King Institute of Preventive Medicine Bacteriolog. Section reports 1907-08
Year: 1907
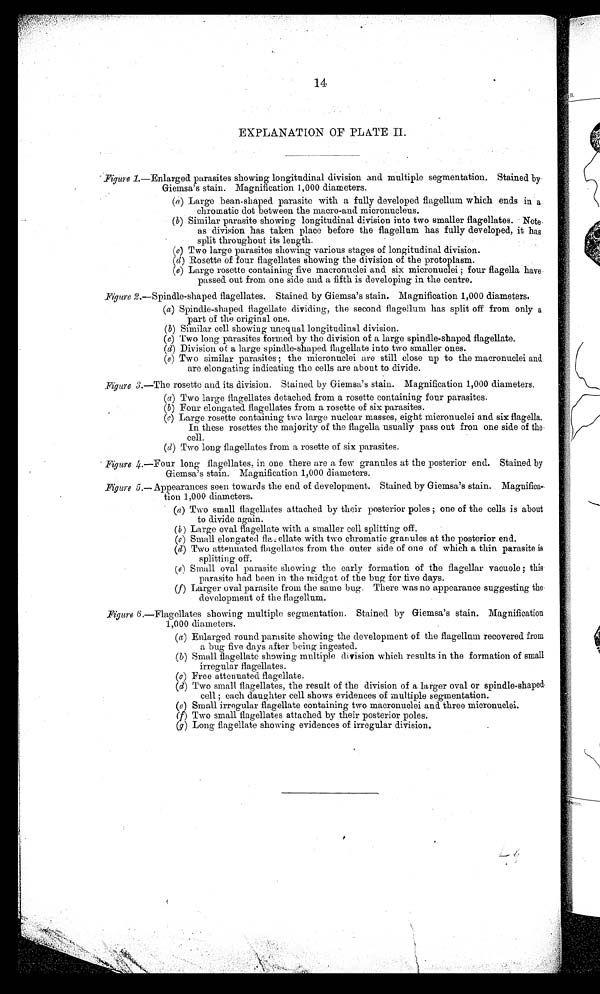
14
EXPLANATION OF PLATE II.
Figure 1.—Enlarged parasites showing longitudinal division and multiple segmentation. Stained by
Giemsa's stain. Magnification 1,000 diameters.
(a) Large bean-shaped parasite with a fully developed flagellum which ends in a
chromatic dot between the macro-and micronucleus.
(b) Similar parasite showing longitudinal division into two smaller flagellates.
Note as division has taken place before the flagellum has fully developed, it has
split throughout its length.
(c) Two large parasites showing various stages of longitudinal division.
(d) Rosette of four flagellates showing the division of the protoplasm.
(e) Large rosette containing five macronuclei and six micronuclei ; four flagella have
passed out from one side and a fifth is developing in the centre.
Figure 2.—Spindle-shaped flagellates. Stained by Giemsa's stain. Magnification 1,000 diameters.
(a) Spindle-shaped flagellate dividing, the second flagellum has split off from only a
part of the original one.
(b) Similar cell showing unequal longitudinal division.
(c) Two long parasites formed by the division of a large spindle-shaped flagellate.
(d) Division of a large spindle-shaped flagellate into two smaller ones.
(e) Two similar parasites ; the micronuclei are still close up to the macronuclei and
are elongating indicating the cells are about to divide.
Figure 3 .—The rosette and its division. Stained by Giemsa's stain. Magnification 1,000 diameters.
(a) Two large flagellates detached from a rosette containing four parasites.
(b) Four elongated flagellates from a rosette of six parasites.
(c)
Large rosette containing two large nuclear masses, eight micronuclei and six flagella.
In these rosettes the majority of the flagella usually pass out fron one side of the
cell.
(d) Two long flagellates from a rosette of six parasites.
Figure 4.—Four long flagellates, in one there are a few granules at the posterior end. Stained by
Giemsa's stain. Magnification 1,000 diameters.
Figure 5.— Appearances seen towards the end of development. Stained by Giemsa's stain. Magnifica-
tion 1,000 diameters.
(a) Two small flagellates attached by their posterior poles ; one of the cells is about
to divide again.
(b) Large oval flagellate with a smaller cell splitting off.
(c) Small elongated flagellate with two chromatic granules at the posterior end.
(d) Two attenuated flagellates from the outer side of one of which a thin parasite is
splitting off.
(e) Small oval parasite showing the early formation of the flagellar vacuole ; this
parasite had been in the midgut of the bug for five days.
(f) Larger oval parasite from the same bug. There was no appearance suggesting the
development of the flagellum.
Figure 6.—Flagellates showing multiple segmentation. Stained by Giemsa's stain. Magnification
1,000 diameters.
(a) Enlarged round parasite showing the development of the flagellum recovered from
a bug five days after being ingested.
(b) Small flagellate showing multiple division which results in the formation of small
irregular flagellates.
( c) Free attenuated flagellate.
(d) Two small flagellates, the result of the division of a larger oval or spindle-shaped
cell ; each daughter cell shows evidences of multiple segmentation.
(e) Small irregular flagellate containing two macronuclei and three micronuclei.
(f) Two small flagellates attached by their posterior poles.
(g) Long flagellate showing evidences of irregular division.